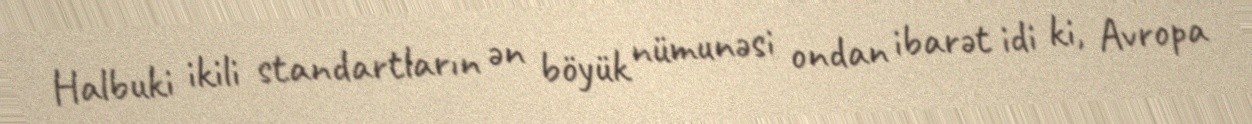
Halbuki ikili standartların ən böyük nümunəsi ondan ibarət idi ki, Avropa